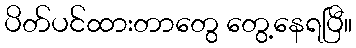
ပိတ်ပင်ထားတာတွေ တွေ့နေရပြီ။